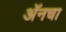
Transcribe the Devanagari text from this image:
अॅनचा